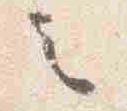
之